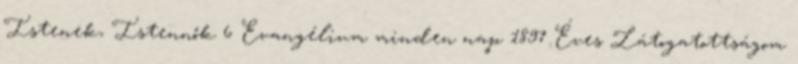
Istenek, Istennők 6 Evangélium minden nap 1897 Éves Látogatottságom